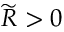
\widetilde R > 0